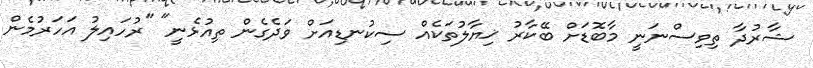
ޝާރުދާ ތިވިސްނަނީ މާބޮޑަށް ބޭކާރު ޚިޔާލުތަކެއް ސިކުނޑިއަށް ވަދެގެން ތިއުޅެނީ" "ރުހައިލު އަހަރުމެން